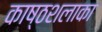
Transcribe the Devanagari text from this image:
काष्ठशलाका